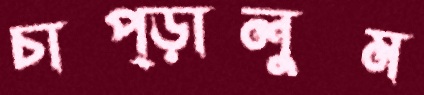
চাপ্‌ড়ালুম